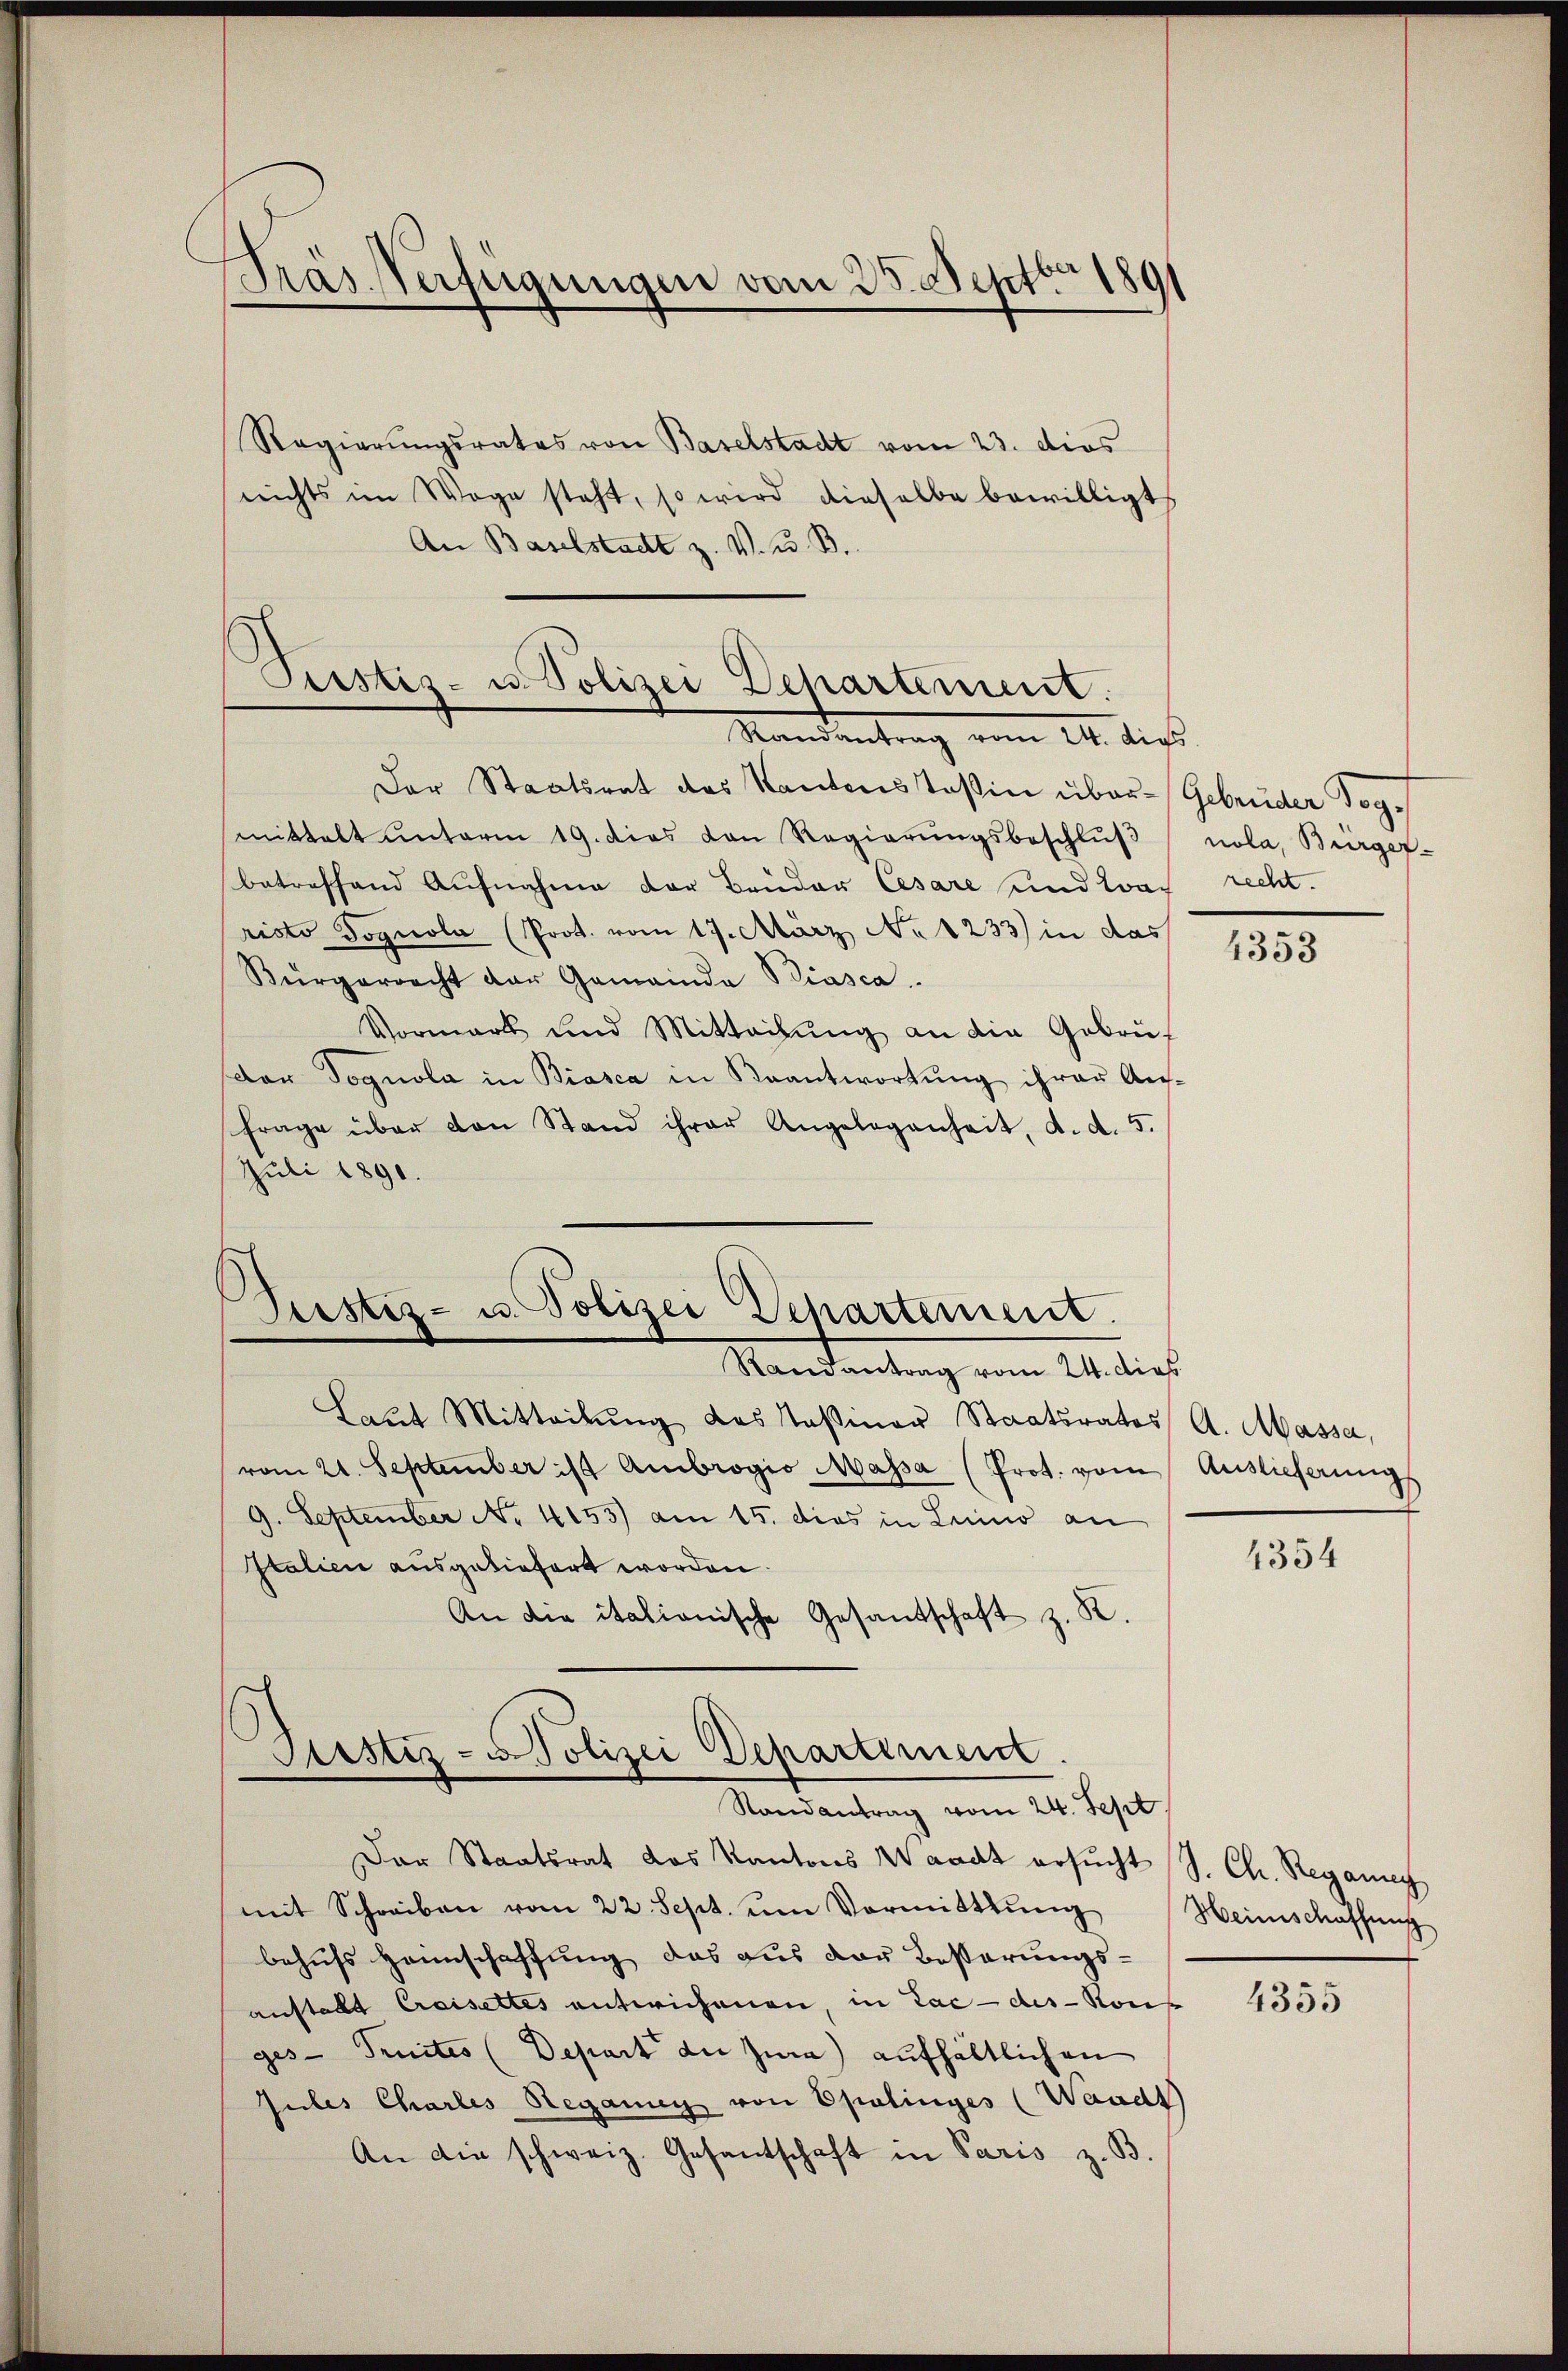
Präs. Verfügungen vom 25. Septbr 1891

Regierungsrates von Baselstadt vom 23. dies
nichts im Wege steht, so wird dieselbe bewilligt
An Baselstadt z. V. B. B.

Pistis- u. Polizei Dehartement.
Standentrag vom 14. dies

Justiz- u. Polizei Departement.

Der Staatsrat des Kantonsstoßin über- Gebrüder Dogmittalt ŭnterm 19. dies von Regierŭngsbeschlŭβ nola, Bürger-
betreffend Aufnahme der Bruder Cesare und zwar recht.
risto Dognola (Prot. vom 17. März No 1233) in das
Bürgerrecht der Gemeinda Biasca.
Vormark und Mitteilŭng an die Gebrüf
dar Dognola in Biasca in Beantwortung ihrer Ausfrage über den Stand ihrer Angelegenheit, d. d. 5.
Juli 1890.
Randantrag vom 24. dies
Laŭt Mitteilŭng des Kasiner Staatsrates A. Massa,
vom 21. September ist Ambrogio Massa (Prot. vom Auslieferungs
9. September No. 4153) am 15. dies in Leimo an
Italien ausgeliefert worden.
An die itationische Gesandschaft z. R.
Justiz- u. Polizei Departement
Randantrag vom 24. Sept
Der Staatsrat das Kantons Waadt ersucht S. Ch. Regang
mit Schreiben vom 22. Sept. ŭm Vormittlung Heimschaffŭng
behufs Heimschaffung das aus der Besserungs-
anstalt Creisettes entwichenen, in Lac des Kons
ges - Traites (Depart an Zie) aufhältlichen
Jules Chartes Regang von Opalinges (Waadt
An die schweiz. Gesantschaft in Paris z. B.

4353

4354

4355